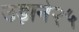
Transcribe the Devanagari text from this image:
उड़ाने२५